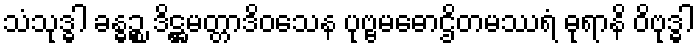
သံသုဒ္ဓါ ခန္ဓဉ္စ ဒိဋ္ဌမတ္တာဒိဝသေန ပုဗ္ဗမဓောဌိတမဿရံ ဓုရာနိ ဝိဗုဒ္ဓါ